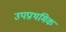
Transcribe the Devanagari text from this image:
उपप्राथमिक